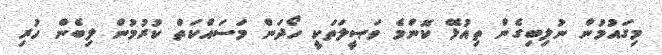
މިގައުމުން ނުލިބިގެން ތިއުޅޭ ކޮންމެ ވަޞީލަތަކީ ހޯދަން މަސައްކަތް ކުރުމުން ލިބެން ހުރި